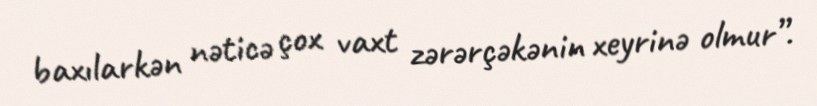
baxılarkən nəticə çox vaxt zərərçəkənin xeyrinə olmur”.